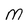
Character: m